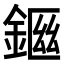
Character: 𨨙